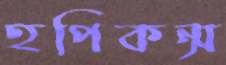
হপিকন্স